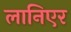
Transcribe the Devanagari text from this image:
लानिएर